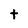
Character: t